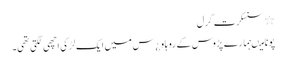
٭ سنسکرت گرل
پونا میںہمارے پڑوس کے رو ہاو ¿س میں ایک لڑکی اچھی لگتی تھی۔